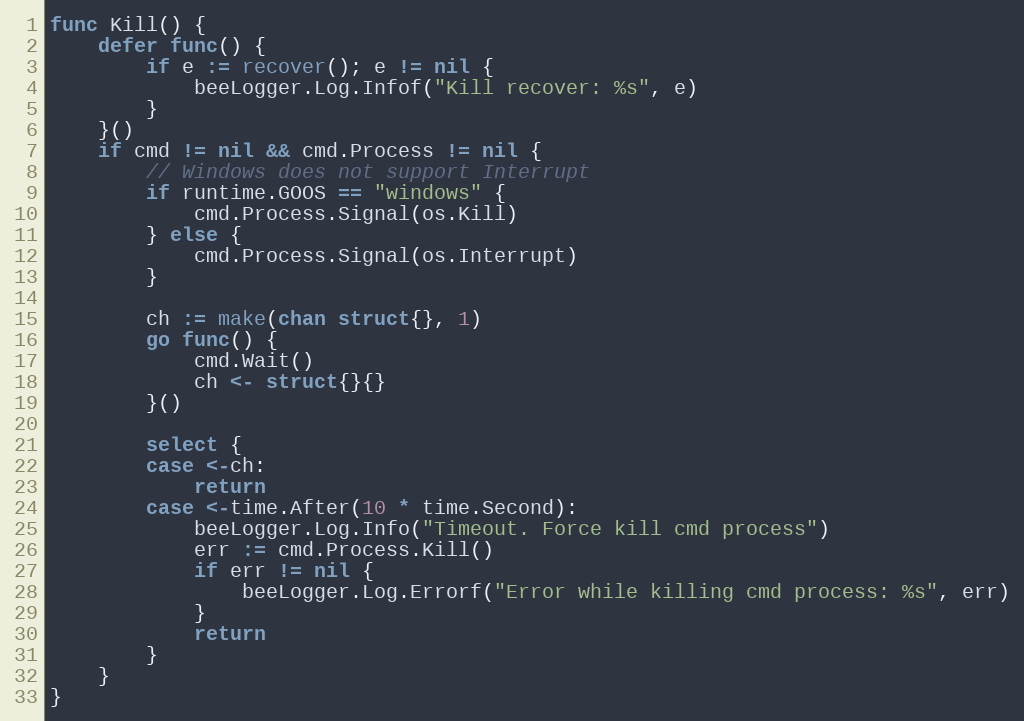
Language: Go
func Kill() {
	defer func() {
		if e := recover(); e != nil {
			beeLogger.Log.Infof("Kill recover: %s", e)
		}
	}()
	if cmd != nil && cmd.Process != nil {
		// Windows does not support Interrupt
		if runtime.GOOS == "windows" {
			cmd.Process.Signal(os.Kill)
		} else {
			cmd.Process.Signal(os.Interrupt)
		}

		ch := make(chan struct{}, 1)
		go func() {
			cmd.Wait()
			ch <- struct{}{}
		}()

		select {
		case <-ch:
			return
		case <-time.After(10 * time.Second):
			beeLogger.Log.Info("Timeout. Force kill cmd process")
			err := cmd.Process.Kill()
			if err != nil {
				beeLogger.Log.Errorf("Error while killing cmd process: %s", err)
			}
			return
		}
	}
}